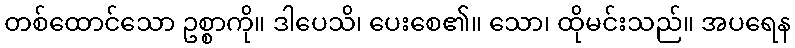
တစ်ထောင်သော ဥစ္စာကို။ ဒါပေသိ၊ ပေးစေ၏။ သော၊ ထိုမင်းသည်။ အပရေန